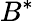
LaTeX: B^{*}